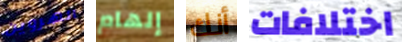
الهروين إلهام أنك اختلافات